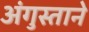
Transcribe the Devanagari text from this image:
अंगुस्ताने